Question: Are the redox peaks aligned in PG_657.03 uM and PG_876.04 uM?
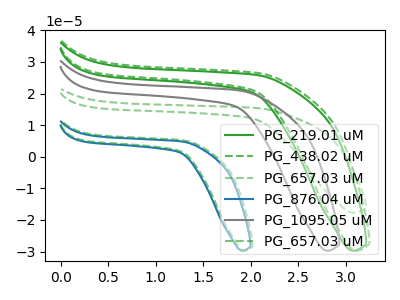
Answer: <think>The green curve "PG_219.01 uM" has no peaks. The green dashed curve "PG_438.02 uM" has no peaks. The green dashed curve "PG_657.03 uM" has no peaks. The blue curve "PG_876.04 uM" has no peaks. The gray curve "PG_1095.05 uM" has no peaks. The green dashed curve "PG_657.03 uM" has no peaks.</think>
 <answer>Niether CV has any peaks.</answer>
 <eval>blanks</eval>